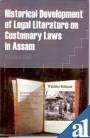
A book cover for Historical Development of Legal Literature on Customary Laws in Assam; Wakidur Rohman; Law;